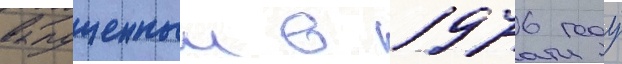
выпущенныи в 1976 году